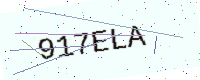
Text: 917ELA